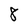
Character: 8